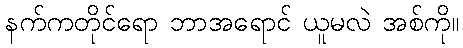
နက်ကတိုင်ရော ဘာအရောင် ယူမလဲ အစ်ကို။